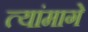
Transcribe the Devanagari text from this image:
त्यांमागे